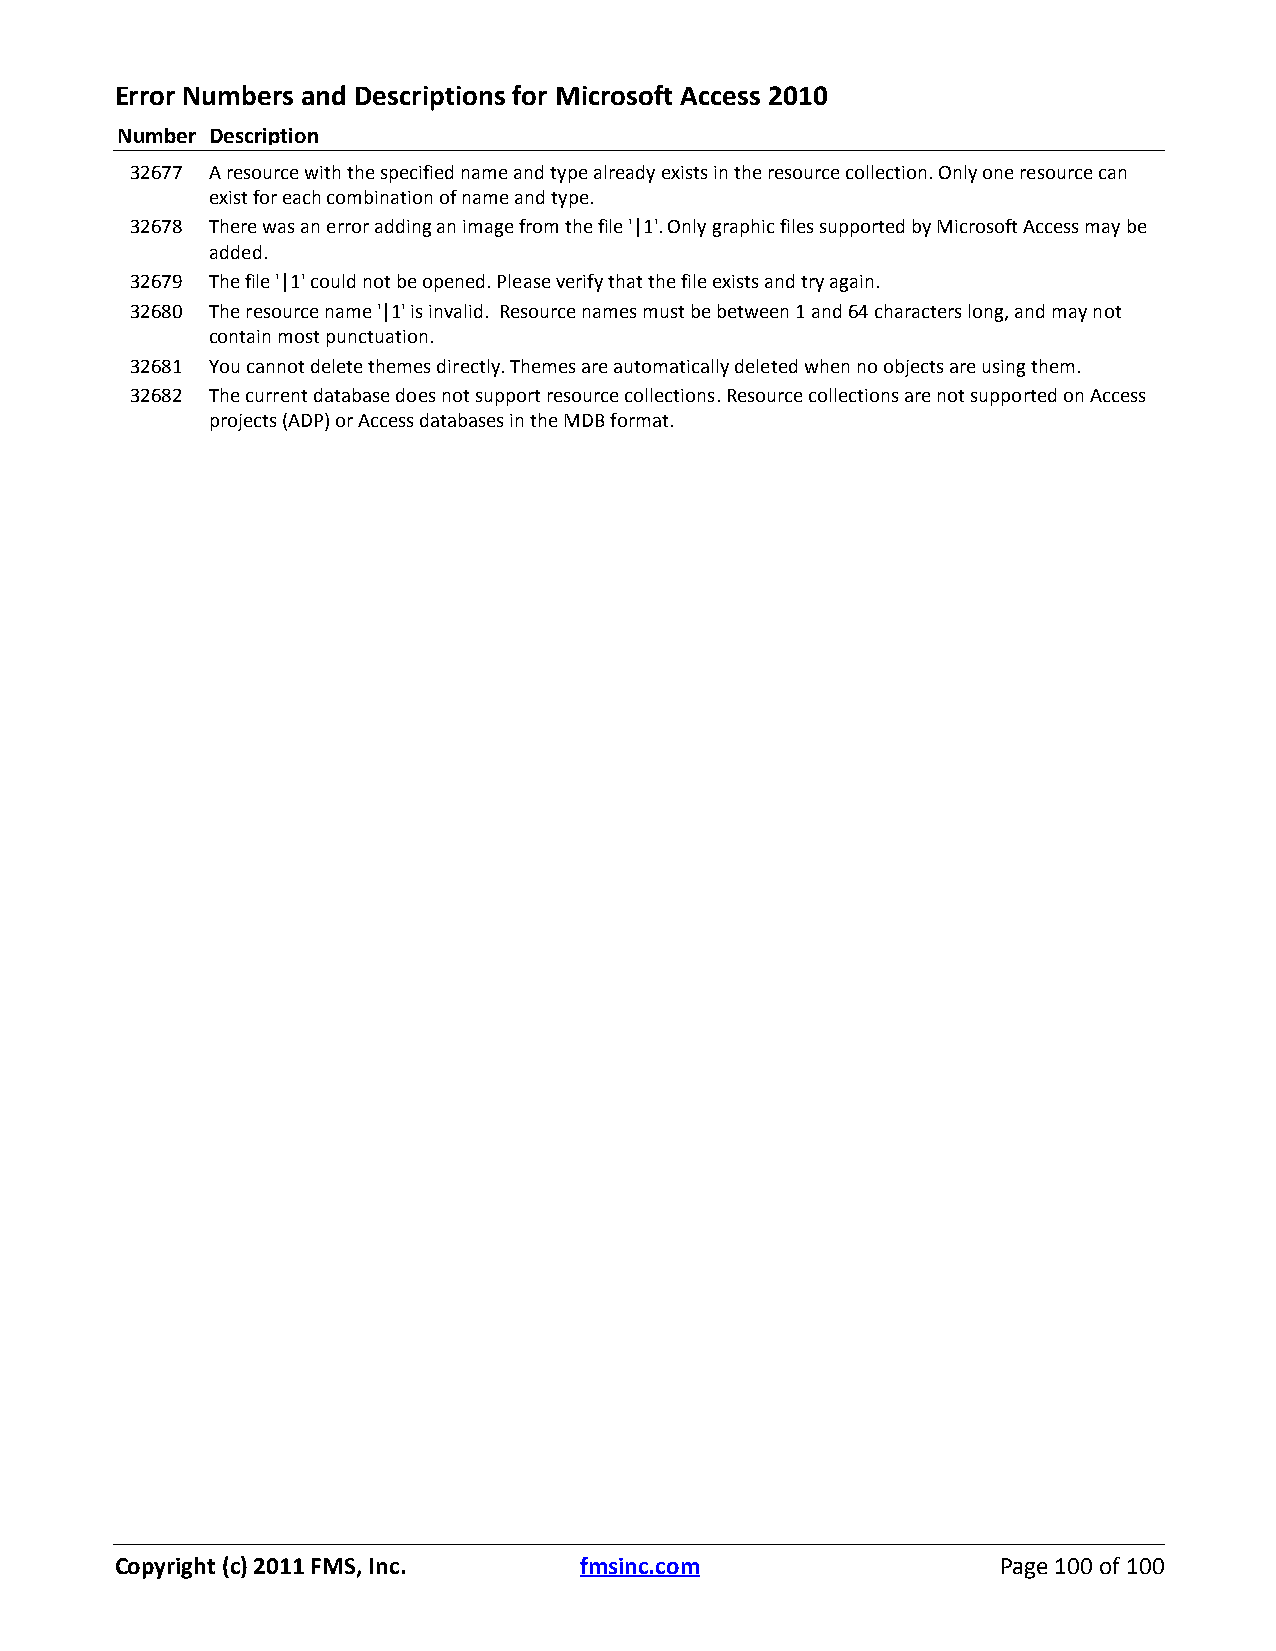
Error Numbers and Descriptions for Microsoft Access 2010
 Number Description
 32677 A resource with the specified name and type already exists in the resource collection. Only one resource can
 exist for each combination of name and type.
 32678 There was an error adding an image from the file '|1'. Only graphic files supported by Microsoft Access may be
 added.
 32679 The file '|1' could not be opened. Please verify that the file exists and try again.
 32680 The resource name '|1' is invalid. Resource names must be between 1 and 64 characters long, and may not
 contain most punctuation.
 32681 You cannot delete themes directly. Themes are automatically deleted when no objects are using them.
 32682 The current database does not support resource collections. Resource collections are not supported on Access
 projects (ADP) or Access databases in the MDB format.
 Copyright (c) 2011 FMS, Inc.  fmsinc.com                  Page 100 of 100